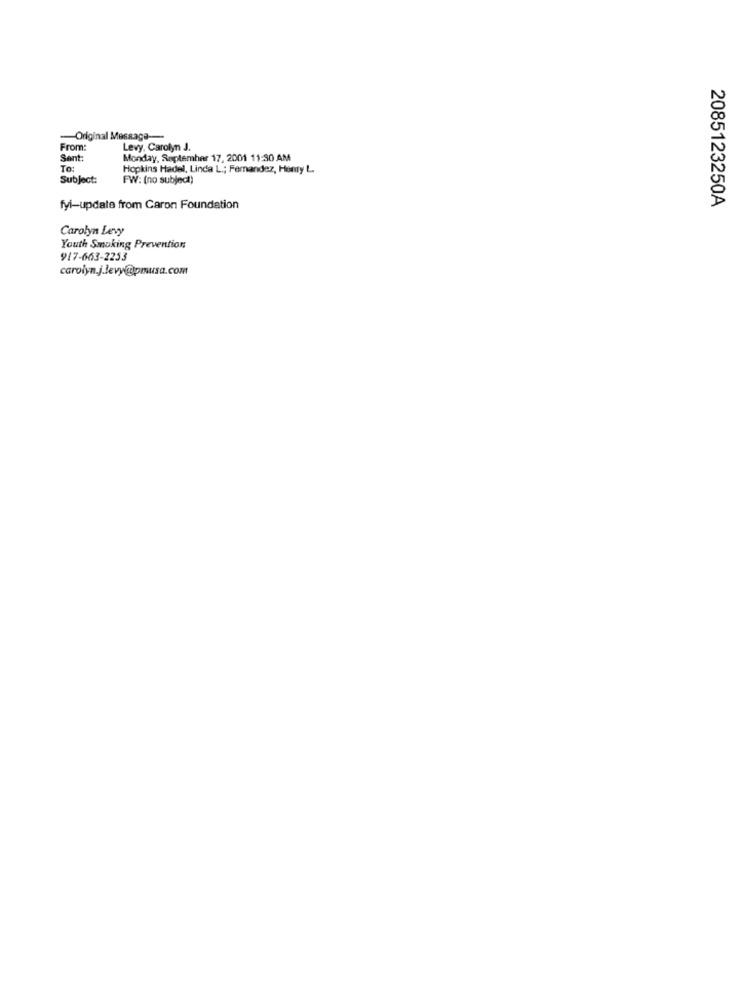
-Original Message-
From:
Levy, Carolyn J.
Sent:
Monday, September 17, 2001 11:30 AM
To:
Hopkins Hadel, Linda L .; Fernandez, Hemy L.
Subject:
FW: (no subject)
2085123250A
fyi-update from Caron Foundation
Carolyn Levy
Youth Smoking Prevention
917-663-2253
carolyn.j.levy@pmusa.com